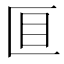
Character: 𫧐